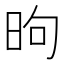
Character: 昫